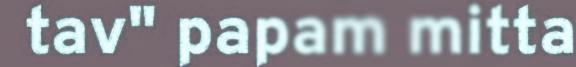
tav" papam mitta